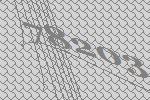
78203